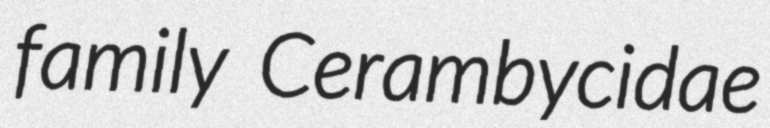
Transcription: family Cerambycidae